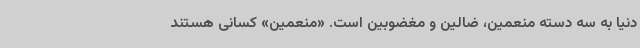
دنیا به سه دسته منعمین، ضالین و مغضوبین است. «منعمین» کسانی هستند